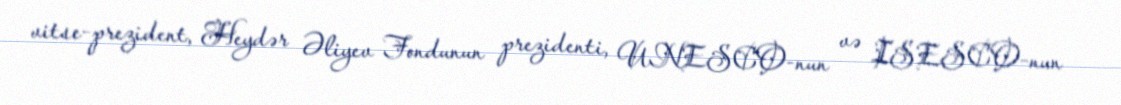
vitse-prezident, Heydər Əliyev Fondunun prezidenti, UNESCO-nun və ISESCO-nun